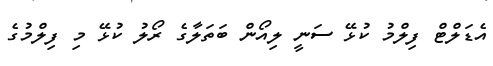
އެޑަލްޓް ފިލްމު ކުޅޭ ސަނީ ލިއޯން ބަތަލާގެ ރޯލު ކުޅޭ މި ފިލްމުގެ